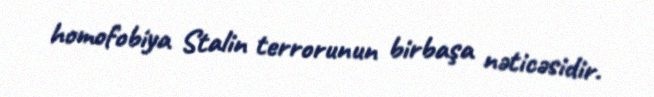
homofobiya Stalin terrorunun birbaşa nəticəsidir.